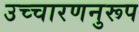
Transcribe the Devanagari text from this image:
उच्चारणनुरूप